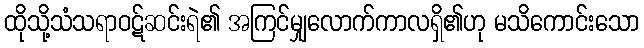
ထိုသို့သံသရာဝဋ်ဆင်းရဲ၏ အကြင်မျှလောက်ကာလရှိ၏ဟု မသိကောင်းသော